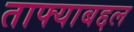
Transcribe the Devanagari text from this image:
ताफ्याबद्दल